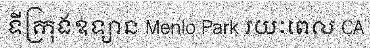
ទីក្រុងឧទ្យាន Menlo Park រយៈពេល CA